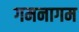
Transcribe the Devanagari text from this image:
गमनागम